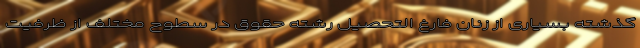
گذشته بسیاری از زنان فارغ التحصیل رشته حقوق در سطوح مختلف از ظرفیت